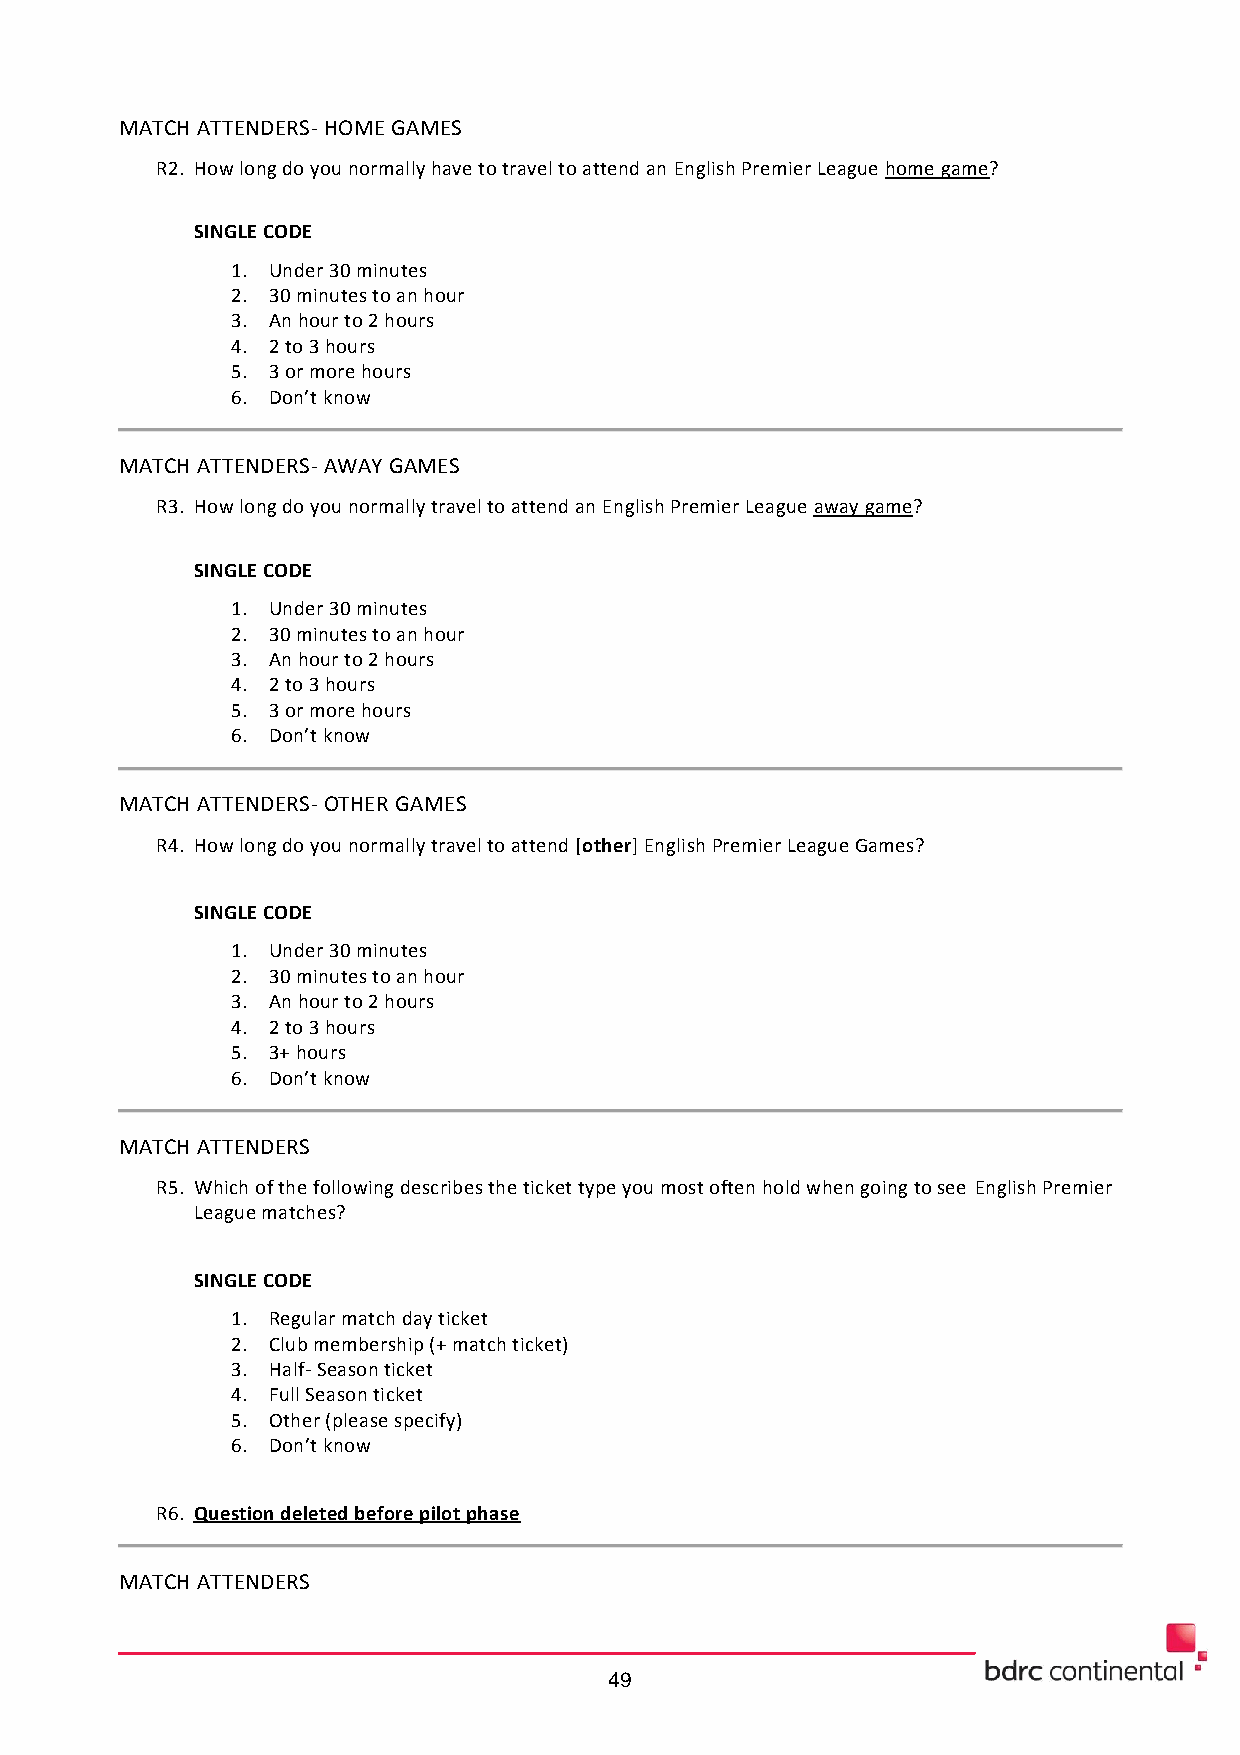
MATCH ATTENDERS- HOME GAMES
 R2. How long do you normally have to travel to attend an English Premier League home game?
 SINGLE CODE
 1. Under 30 minutes
 2. 30 minutes to an hour
 3. An hour to 2 hours
 4. 2 to 3 hours
 5. 3 or more hours
 6. Don’t know
 MATCH ATTENDERS- AWAY GAMES
 R3. How long do you normally travel to attend an English Premier League away game?
 SINGLE CODE
 1. Under 30 minutes
 2. 30 minutes to an hour
 3. An hour to 2 hours
 4. 2 to 3 hours
 5. 3 or more hours
 6. Don’t know
 MATCH ATTENDERS- OTHER GAMES
 R4. How long do you normally travel to attend [other] English Premier League Games?
 SINGLE CODE
 1. Under 30 minutes
 2. 30 minutes to an hour
 3. An hour to 2 hours
 4. 2 to 3 hours
 5. 3+ hours
 6. Don’t know
 MATCH ATTENDERS
 R5. Which of the following describes the ticket type you most often hold when going to see English Premier
 League matches?
 SINGLE CODE
 1. Regular match day ticket
 2. Club membership (+ match ticket)
 3. Half- Season ticket
 4. Full Season ticket
 5. Other (please specify)
 6. Don’t know
 R6. Question deleted before pilot phase
 MATCH ATTENDERS
 49